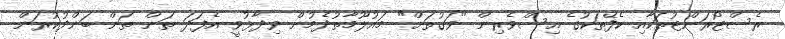
ރެސްޓޯރަންޓުތަކާއި ކެފޭތަކުގެ އިސްވެރިން "ވަގުތަށް" މައުލޫމާތުދެމުން ވިދާޅުވީ އެފަދަ ތަން ތަން ބަންދުކުރަން